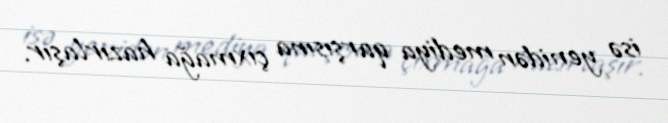
isə yenidən mediya qarşısına çıxmağa hazırlaşır.